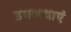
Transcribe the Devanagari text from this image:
उपकथाएं